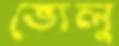
ভ্যেলু